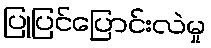
ပြုပြင်ပြောင်းလဲမှု